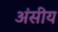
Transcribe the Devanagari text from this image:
अंसीय